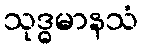
သုဒ္ဓမာနသံ